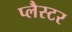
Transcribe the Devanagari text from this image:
प्लैस्टर